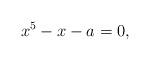
LaTeX: \begin{align*}x^5-x-a=0\textrm{, }\end{align*}